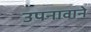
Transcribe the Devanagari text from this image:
उपनावाने